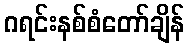
ဂရင်းနစ်စံတော်ချိန်